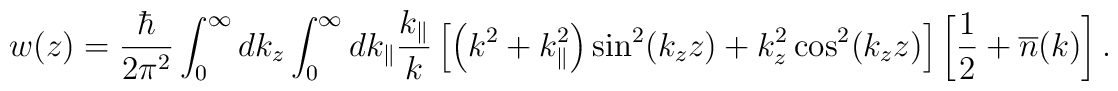
w(z)={\hbar\over 2 \pi^2}\int_0^{\infty}dk_z\int_0^{\infty} dk_{\|} {k_{\|}\over k}\left[\left(k^2+k_{\|}^2\right)\sin^2(k_z z) +k_z^2 \cos^2(k_z z)\right]\left[{1\over 2}+{\overline n}(k)\right].